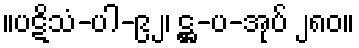
။ပဋိသံ-ပါ-၉၂၊ ဋ္ဌ-ပ-အုပ် ၂၈၀။